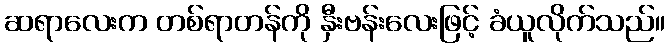
ဆရာလေးက တစ်ရာတန်ကို နှီးဗန်းလေးဖြင့် ခံယူလိုက်သည်။